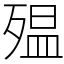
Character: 殟